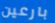
بارعين